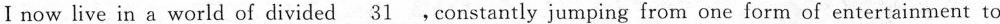
I now live in a world of divided \underline{31} . Constantly jumping from one form of entertainment to